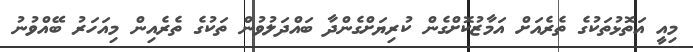
މިއީ އަތޮޅުތަކުގެ ތެރެއަށް އަމާޒުކޮށްގެން ކުރިޔަށްގެންދާ ބައްދަލުވުން ތަކުގެ ތެރެއިން މިއަހަރު ބޭއްވުނު